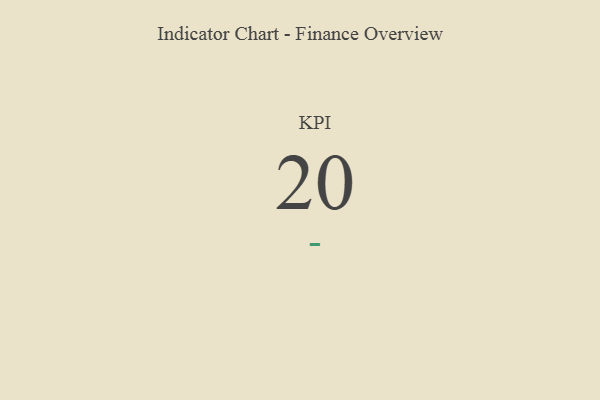
{"axis": {"x": "KPI", "y": "Value"}, "legend": [""], "data": [{"x": "KPI", "y": 20, "type": ""}]}